Report on plague in the Punjab from October 1st ... to September 30th ..., being the ... season of plague in the province
Disease focus: Plague
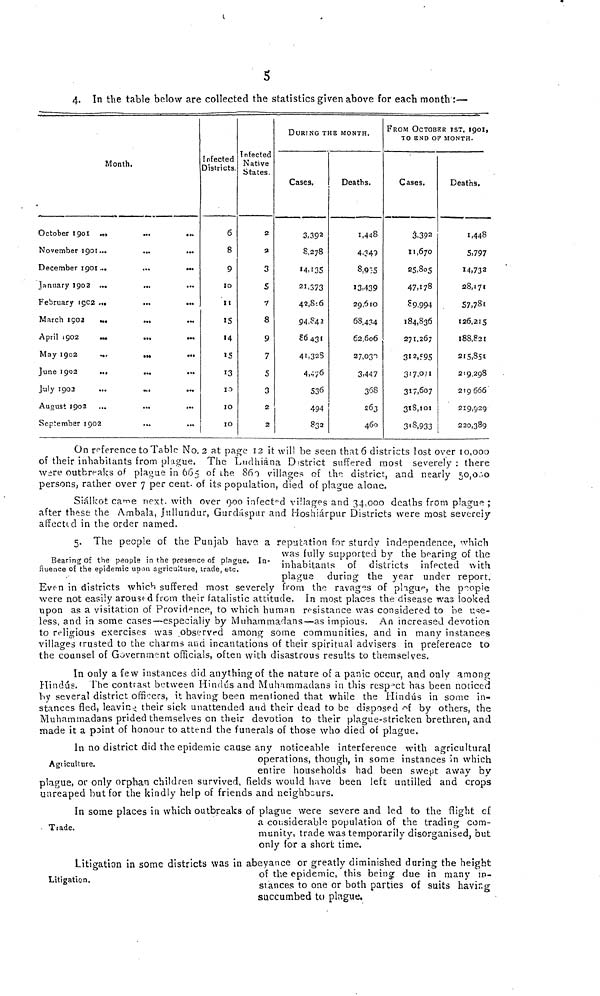
5
4. In the table below are collected the statistics given above for each month :—
Month.
October 1901
November 1901...
...
...
December 1901...
...
...
January 1902 ...
February 1502 ...
...
...
March 1503
...
...
April 1902
May 1902
...
•••
June 1902
...
...
July 1902
...
...
August 1902 ...
...
...
September 1902
...
...
Infected
Districts.
6
8
9
10
11
15
14
15
13
10
10
10
Intected
Native
States.
2
a
3
5
7
8
9
7
5
3
2
2
DURING THE MONTH.
Cases.
3,392
8,278
14,135
21,373
42,816
94,842
86,431
41,328
4,476
536
494
832
Deaths.
1,448
4,349
8,935
13,439
29,610
68,434
62,606
27,030
3,447
368
460
FROM OCTOBER 1ST, 1901,
TO END OP MONTH.
Cases.
3,392
11,670
25,805
47,178
89,994
184,836
271,267
312,595
317,071
317,607
318,101
318,933
Deaths.
1,448
5,797
14,732
28,171
57,781
126,215
188,821
215,851
219,298
219 666
219,929
220,389
On reference to Table No. 2 at page 12 it will be seen that 6 districts lost over [0,000
of their inhabitants from plague. The Ludhiana District suffered most severely : there
were outbreaks of plague in 665 of the 869 villages of the district, and nearly 50,000
persons, rather over 7 per cent. of its population, died of plague alone.
Sialkot came next, with over 900 infected villages and 34,000 deaths from plague ;
after these the Ambala, jullundur, Gurdaspur and Hoshiarpur Districts were most severely
affected in the order named.
Bearing of the people in the presence of plague. In-
fluence of the epidemic upon agriculture, trade, etc.
5. The people of the Punjab have a reputation for sturdy independence, which
was fully supported by the bearing of the
inhabitants of districts infected with
plague during the year under report.
Even in districts which suffered most severely from the ravages of plague, the people
were not easily aroused from their fatalistic attitude. In most places the disease was looked
upon as a visitation of Providence, to which human resistance was considered to be use-
less, and in some cases—especially by Muhammadans—as impious. An increased devotion
to religious exercises was observed among some communities, and in many instances
villages trusted to the charms and incantations of their spiritual advisers in preference to
the counsel of Government officials, often with disastrous results to themselves.
In only a few instances did anything of the nature of a panic occur, and only among
Hindus. The contrast between Hindus and Muhammadans in this respect has been noticed
by several district officers, it having been mentioned that while the Hindus in some in-
stances fled, leaving their sick unattended and their dead to be disposed of by others, the
Muhammadans prided themselves on their devotion to their plague-stricken brethren, and
made it a paint of honour to attend the funerals of those who died of plague.
Agriculture.
In no district did the epidemic cause any noticeable interference with agricultural
operations, though, in some instances in which
entire households had been swept away by
plague, or only orphan children survived, helds would have been left untitled and crops
unreaped but for the kindly help of friends and neighbours.
. Trade.
In some places in which outbreaks of plague were severe and led to the flight of
a considerable population of the trading com-
munity, trade was temporarily disorganised, but
only for a short time.
Litigation.
Litigation in some districts was in abeyance or greatly diminished during the height
of the epidemic, this being due in many in-
stances to one or both parties of suits having
succumbed to plague.